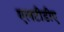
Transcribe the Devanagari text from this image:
एलटीडीए